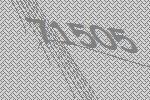
71505